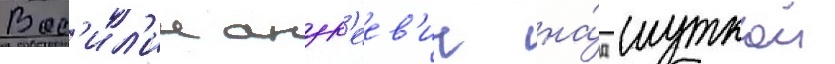
Вас'ил'ии андр'еев'ич на́д шуткои